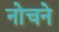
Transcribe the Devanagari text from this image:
नोचने